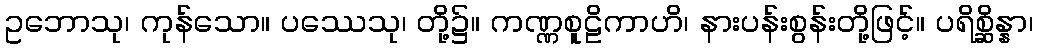
ဥဘောသု၊ ကုန်သော။ ပဿေသု၊ တို့၌။ ကဏ္ဏစူဠိကာဟိ၊ နားပန်းစွန်းတို့ဖြင့်။ ပရိစ္ဆိန္နာ၊